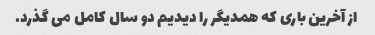
از آخرین باری که همدیگر را دیدیم دو سال کامل می گذرد.